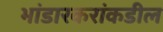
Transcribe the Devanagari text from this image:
भांडारकरांकडील